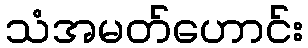
သံအမတ်ဟောင်း